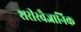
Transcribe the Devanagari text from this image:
शरीरवैज्ञानिक